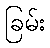
ခြမ်း